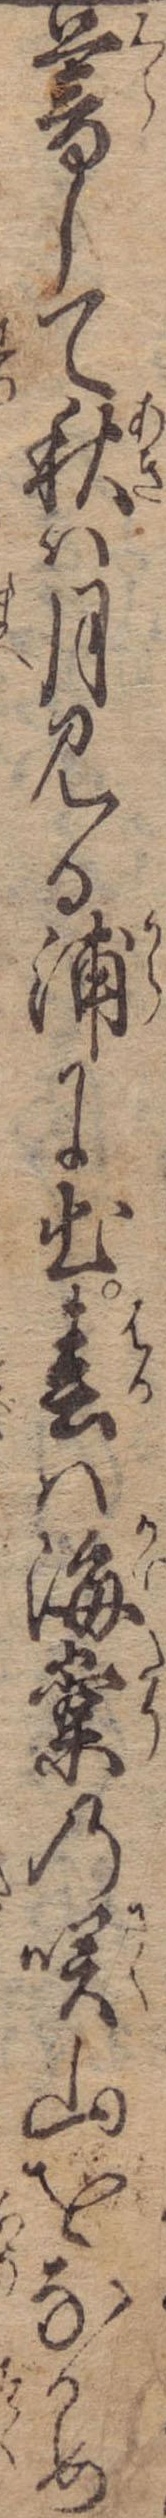
暮して秋は月見る浦に出春は海棠の咲山をなかめ